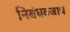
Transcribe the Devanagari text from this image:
निबंधवजाच